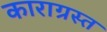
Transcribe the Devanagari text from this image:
काराग्रस्त